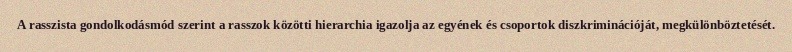
A rasszista gondolkodásmód szerint a rasszok közötti hierarchia igazolja az egyének és csoportok diszkriminációját, megkülönböztetését.